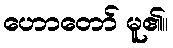
ဟောတော် မူ၏။